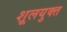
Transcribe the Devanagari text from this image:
शूलयुक्त